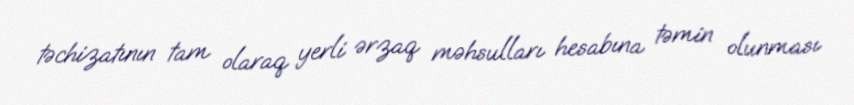
təchizatının tam olaraq yerli ərzaq məhsulları hesabına təmin olunması